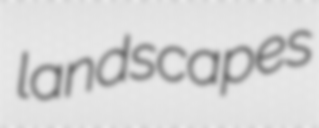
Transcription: landscapes